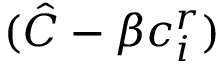
( \hat { C } - \beta c _ { i } ^ { r } )